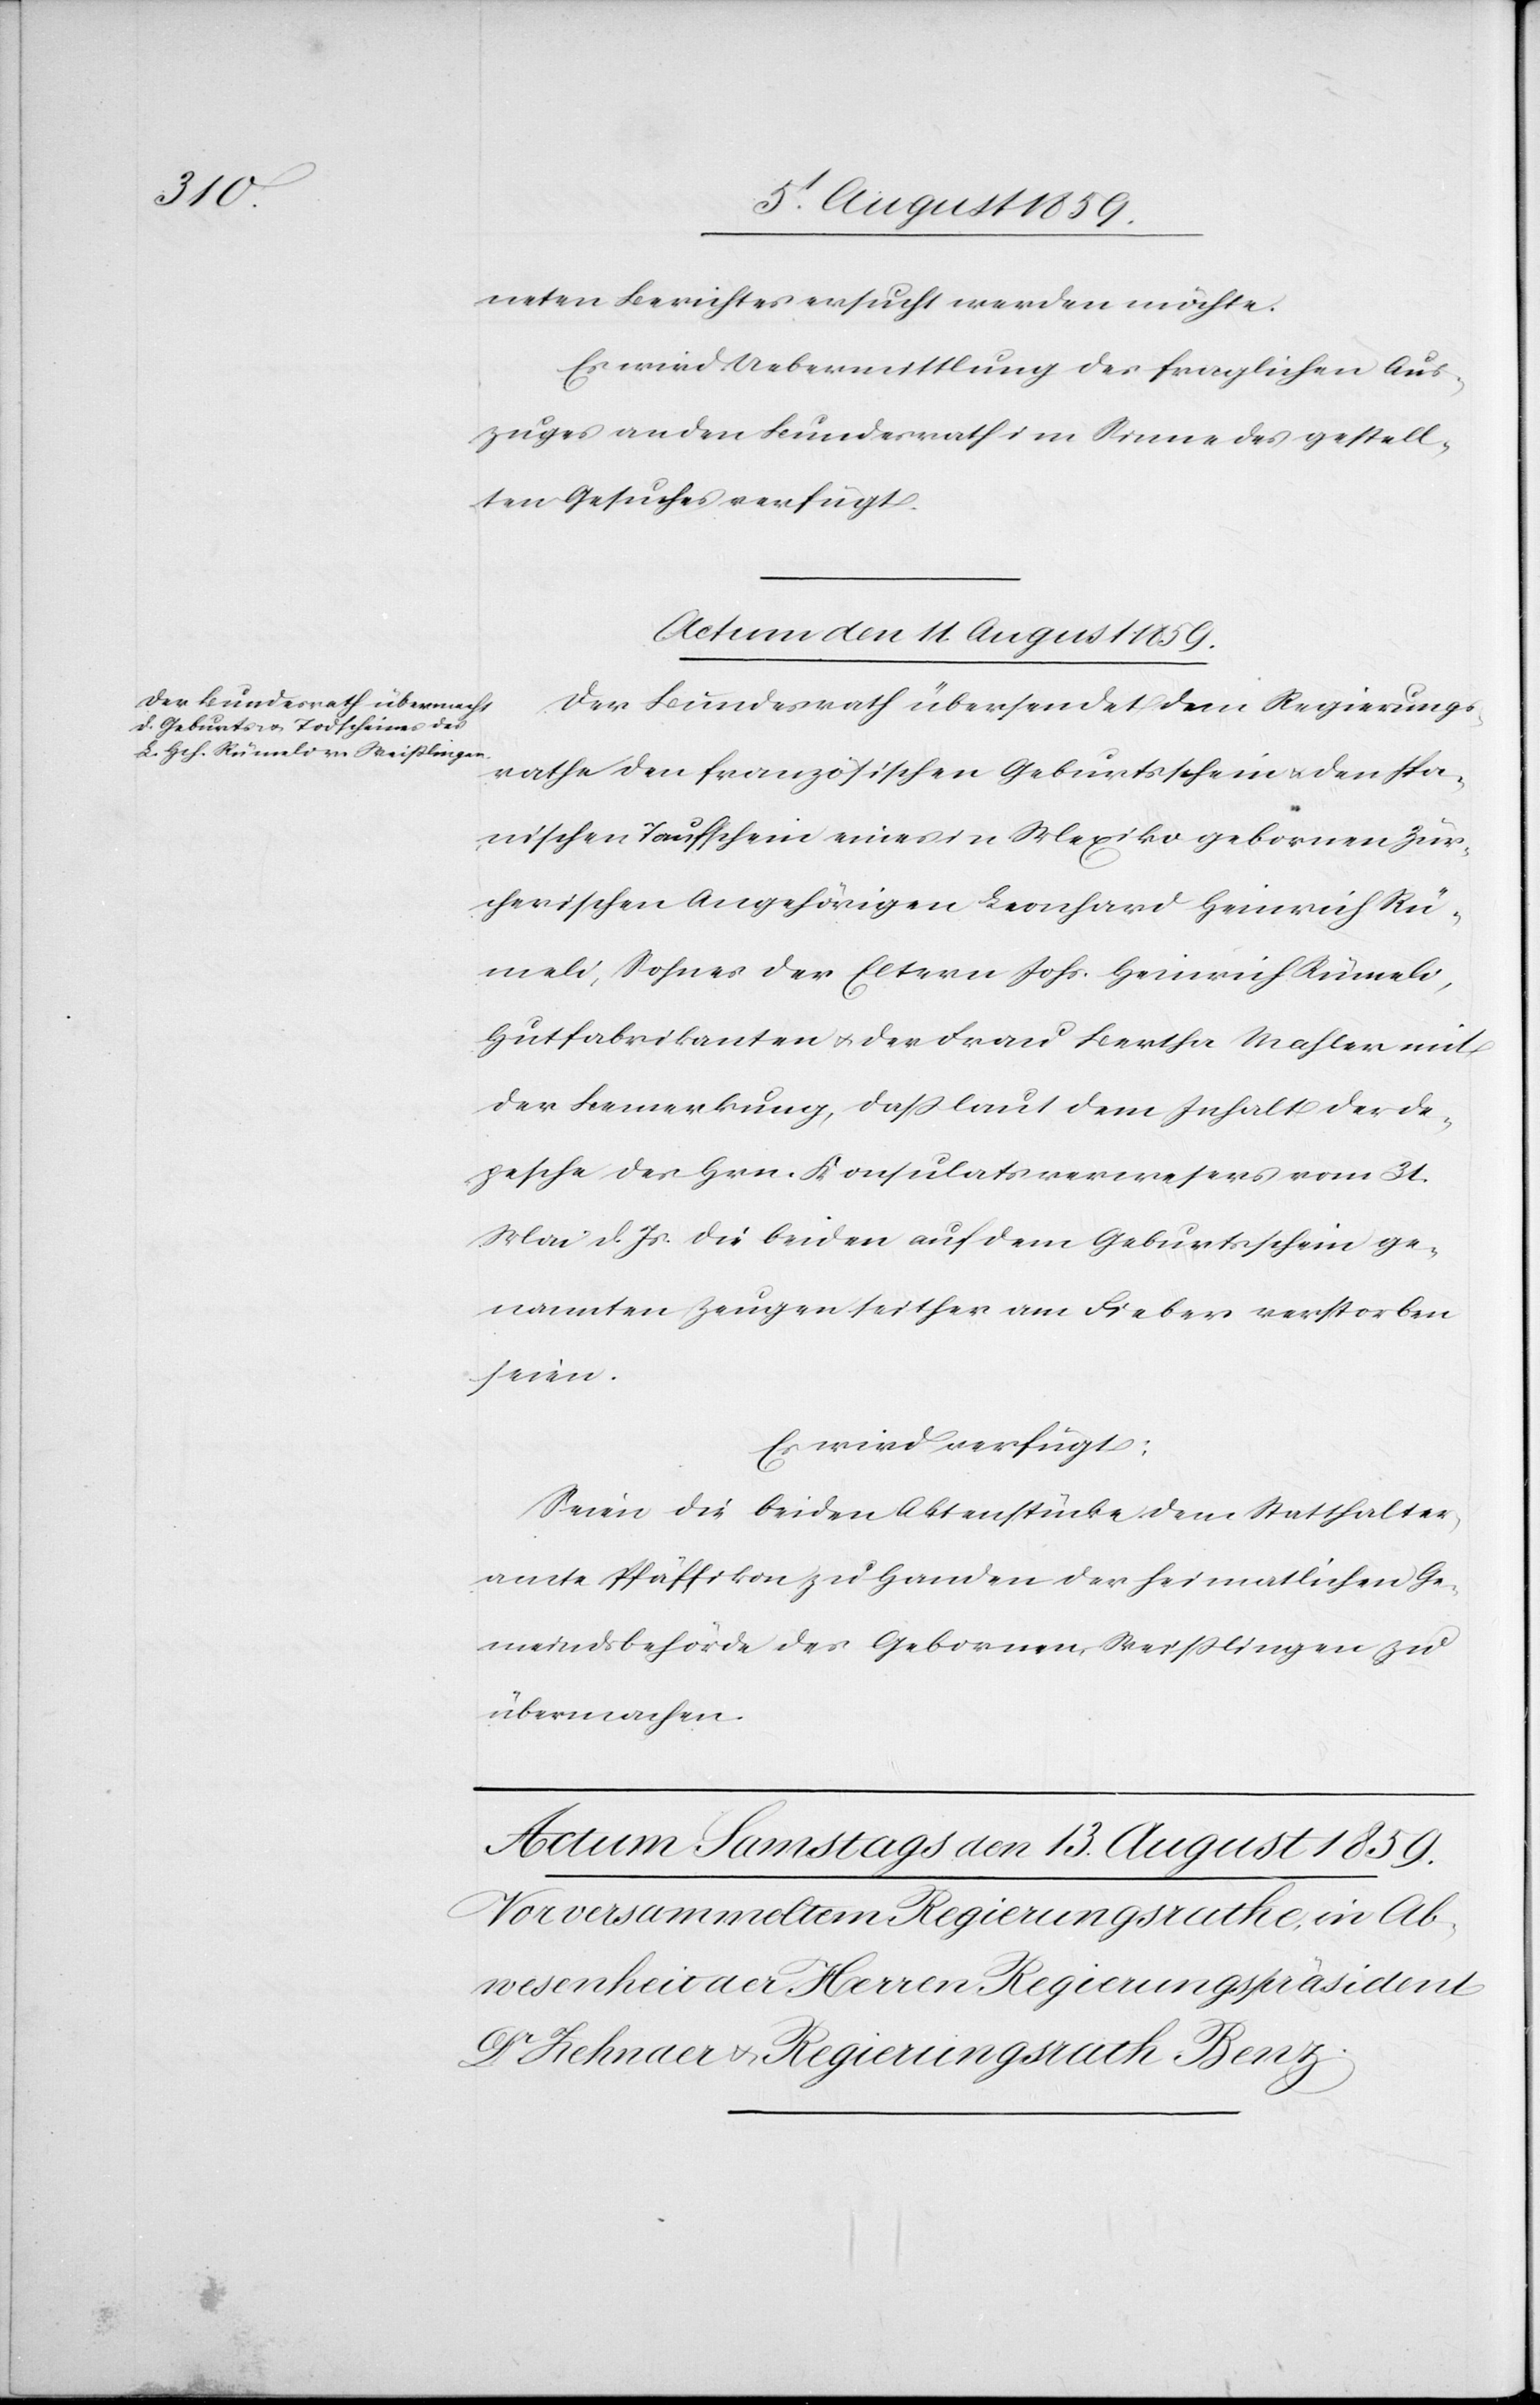
neten Berichtes ersucht werden möchte.
Es wird Uebermittlung des fraglichen Aus¬
zuges an den Bundesrath im Sinne des gestell¬
ten Gesuches verfügt.
Actum den 10. August 1859.]
Der Bundesrath übersendet dem Regierungs¬
rathe den französischen Geburtsschein u. den spa¬
nischen Taufschein eines in Mexiko gebornen Zür¬
cherischen Angehörigen Leonhard Heinrich Rü¬
meli, Sohnes der Eltern Johs. Heinrich Rümeli,
Hutfabrikanten u. der Frau Bertha Mahler mit
der Bemerkung, daß laut dem Inhalt der De¬
pesche des Hrn. Konsulatsverwesers vom 31.
Mai d. Js. die beiden auf dem Geburtsschein ge¬
nannten Zeugen seither am Fieber verstorben
seien.
Es wird verfügt:
Seien die beiden Aktenstücke dem Statthalter¬
amte Pfäffikon zu Handen der Heimatlichen Ge¬
meindsbehörde des Gebornen, Weißlingen zu
übermachten.